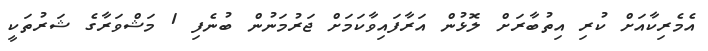
އެމެރިކާއަށް ކުރި އިތުބާރަށް ލޮޅުން އަރާފައިވާކަމަށް ޖަރުމަނުން ބުނެފި 1 މަޝްވަރާގެ ޝަރުތަކީ